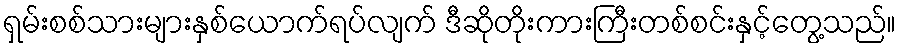
ရှမ်းစစ်သားများနှစ်ယောက်ရပ်လျက် ဒီဆိုတိုးကားကြီးတစ်စင်းနှင့်တွေ့သည်။